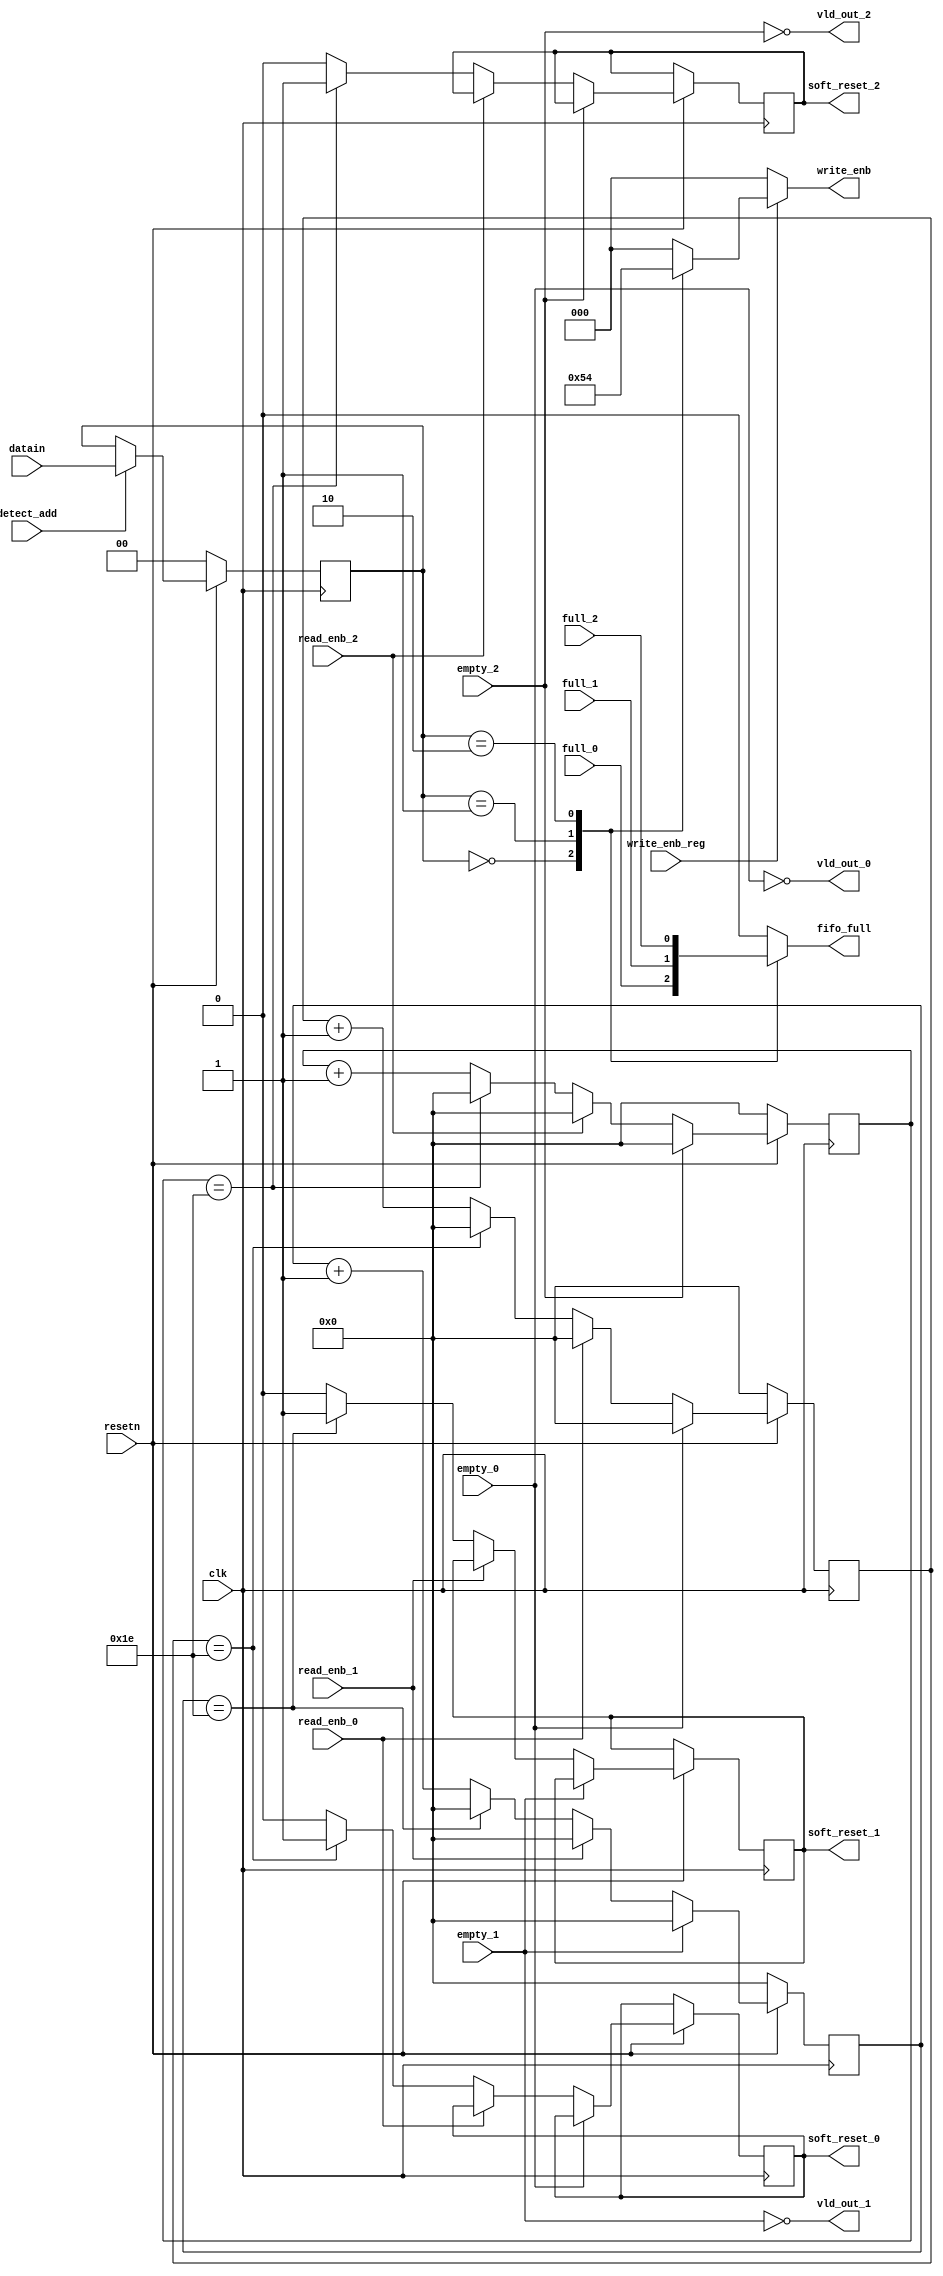
module router_sync( input clk,resetn,detect_add,write_enb_reg,read_enb_0,read_enb_1,read_enb_2,empty_0,empty_1,empty_2,full_0,full_1,full_2, 
					input [1:0]datain,
					output wire vld_out_0,vld_out_1,vld_out_2,
					output reg [2:0]write_enb, 
					output reg fifo_full, soft_reset_0,soft_reset_1,soft_reset_2);
					
reg [1:0]temp;
reg [4:0]count0,count1,count2;

//------------------------------------------------------------------------------------------------------------------------------------------------
always@(posedge clk)
	begin
		if(!resetn)
			temp <= 2'd0;
		else if(detect_add)
			temp<=datain;
	end
	
//----------------------------------------------------------------------------------------------------------------------------------------------
//for fifo full
always@(*)
	begin
		case(temp)
			2'b00: fifo_full=full_0;                // fifo fifo_full takes the value of full of fifo_0
			2'b01: fifo_full=full_1;                // fifo fifo_full takes the value of full of fifo_1
			2'b10: fifo_full=full_2;				// fifo fifo_full takes the value of full of fifo_2
			default fifo_full=0;
		endcase
	end
//------------------------------------------------------------------------------------------------------------------------------------------------
//write enable
always@(*)
	begin 
				if(write_enb_reg)
				begin
					case(temp)
						2'b00: write_enb=3'b001;				
						2'b01: write_enb=3'b010;
						2'b10: write_enb=3'b100;
						default: write_enb=3'b000;
					endcase
				end
				else
					write_enb = 3'b000;		
	end
//------------------------------------------------------------------------------------------------------------------------------------------------

//valid out
assign vld_out_0 = !empty_0;
assign vld_out_1 = !empty_1;
assign vld_out_2 = !empty_2;
//--------------------------------------------------------------------------------------------------------------------------------------------------
//soft reset counter 
always@(posedge clk)
	begin
		if(!resetn)
			count0<=5'b0;
		else if(vld_out_0)
			begin
				if(!read_enb_0)
					begin
						if(count0==5'b11110)	
							begin
								soft_reset_0<=1'b1;
								count0<=1'b0;
							end
						else
							begin
								count0<=count0+1'b1;
								soft_reset_0<=1'b0;
							end
					end
				else count0<=5'd0;
			end
		else count0<=5'd0;
	end
	
always@(posedge clk)
	begin
		if(!resetn)
			count1<=5'b0;
		else if(vld_out_1)
			begin
				if(!read_enb_1)
					begin
						if(count1==5'b11110)	
							begin
								soft_reset_1<=1'b1;
								count1<=1'b0;
							end
						else
							begin
								count1<=count1+1'b1;
								soft_reset_1<=1'b0;
							end
					end
				else count1<=5'd0;
			end
		else count1<=5'd0;
	end
	
always@(posedge clk)
	begin
		if(!resetn)
			count2<=5'b0;
		else if(vld_out_2)
			begin
				if(!read_enb_2)
					begin
						if(count2==5'b11110)	
							begin
								soft_reset_2<=1'b1;
								count2<=1'b0;
							end
						else
							begin
								count2<=count2+1'b1;
								soft_reset_2<=1'b0;
							end
					end
				else count2<=5'd0;
			end
		else count2<=5'd0;
	end
	
	
endmodule